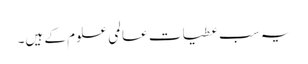
یہ سب عطیات عالمی علوم کے ہیں۔